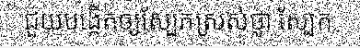
ជួយបង្កើតឲ្យស្បែកស្រស់ថ្លា ស្បែក